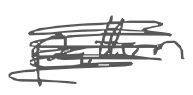
Text: pattern
Cross-out: scratch
Writing tool: digital_gray